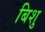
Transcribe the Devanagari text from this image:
बिशु